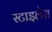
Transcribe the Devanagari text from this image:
स्टाइलेस